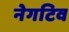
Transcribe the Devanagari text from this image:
नेगटिव